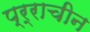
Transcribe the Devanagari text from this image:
प्र्राचीन